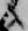
候